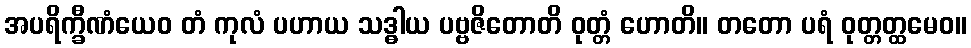
အပရိက္ခီဏံယေဝ တံ ကုလံ ပဟာယ သဒ္ဓါယ ပဗ္ဗဇိတောတိ ဝုတ္တံ ဟောတိ။ တတော ပရံ ဝုတ္တတ္ထမေဝ။